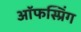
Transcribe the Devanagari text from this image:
ऑफस्प्रिंग